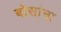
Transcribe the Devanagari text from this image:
बोसांना